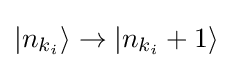
|n_{k_{i}}\rangle \rightarrow |n_{k_{i}}+1\rangle